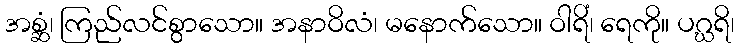
အစ္ဆံ၊ ကြည်လင်စွာသော။ အနာဝိလံ၊ မနောက်သော။ ဝါရိံ၊ ရေကို။ ပဂ္ဃရိ၊